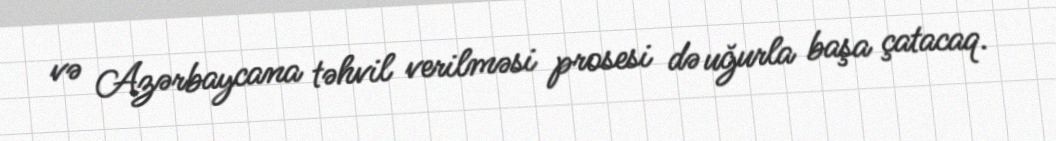
və Azərbaycana təhvil verilməsi prosesi də uğurla başa çatacaq.